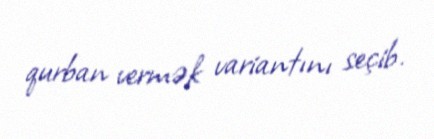
qurban vermək variantını seçib.